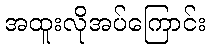
အထူးလိုအပ်ကြောင်း